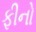
ફીનો